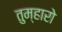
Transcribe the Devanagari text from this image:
तुम्‍हारो